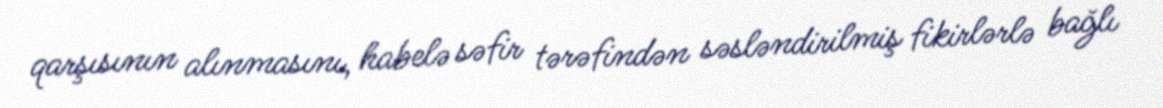
qarşısının alınmasını, habelə səfir tərəfindən səsləndirilmiş fikirlərlə bağlı